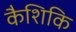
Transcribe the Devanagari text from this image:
कैशिकि